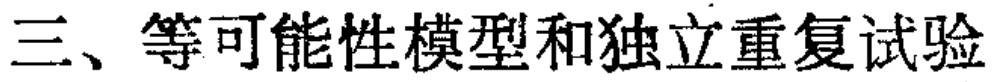
三、等可能性模型和独立重复试验